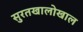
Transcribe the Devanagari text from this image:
सुरतखालोखाल